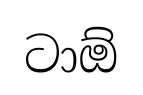
ටාඕ